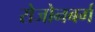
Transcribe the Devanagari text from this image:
रोजोनबर्ग